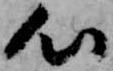
心